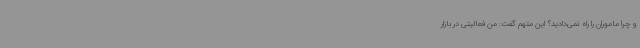
و چرا ماموران را راه نمی‌دادید؟ این متهم گفت: من فعالیتی در بازار